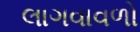
લાગવાવળો